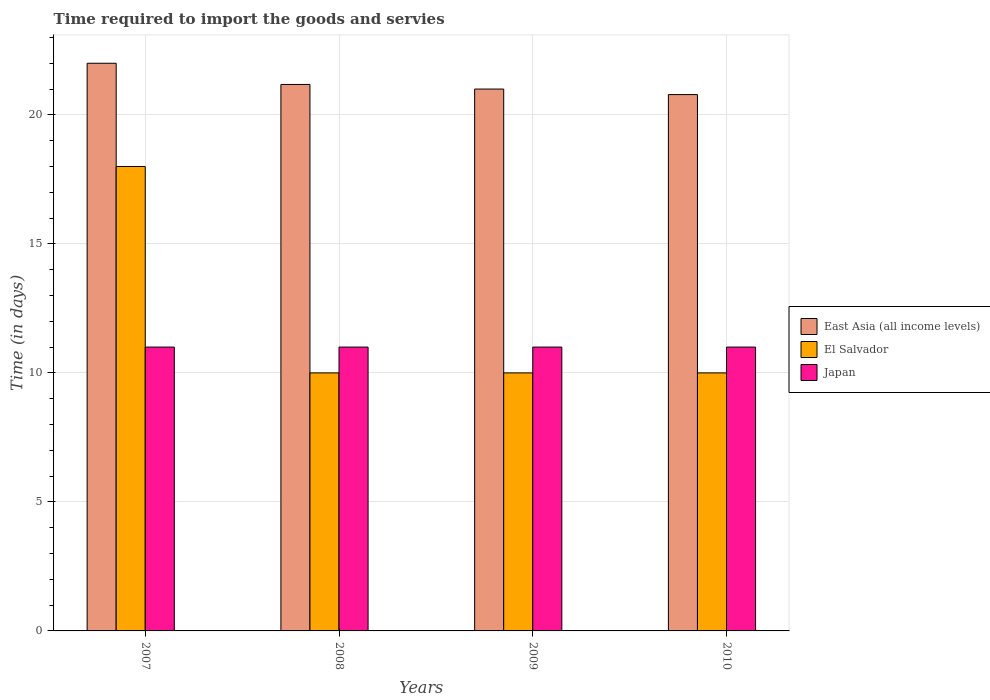
| Years | East Asia (all income levels) | El Salvador | Japan |
 | --- | --- | --- | --- |
 | 2007 | 22 | 18 | 11 |
 | 2008 | 21.2 | 10 | 11 |
 | 2009 | 21 | 10 | 11 |
 | 2010 | 20.8 | 10 | 11 |